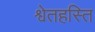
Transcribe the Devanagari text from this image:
श्वेतहस्ति